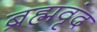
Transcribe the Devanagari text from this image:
ब्रह्मवृंद